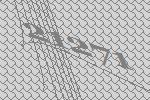
21271